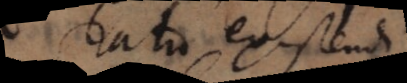
ratio existendi